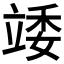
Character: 𥪍